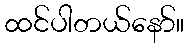
ထင်ပါတယ်နော်။